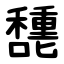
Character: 㘒